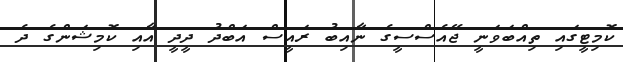
ކޮމިޓީގައި ތިއްބަވަނީ ޖޭއެސްސީގެ ނާއިބު ރައީސް އަބްދު ދީދީ އާއި ކޮމިޝަންގެ ދެ